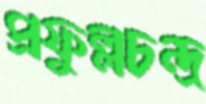
প্রফুল্লচন্দ্র